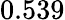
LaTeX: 0.539